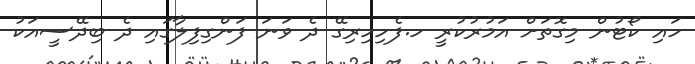
ހައި ކޯޓުން މިގޮތަށް އަމުރުކުރީ ހ.ފެހިހިރިގޭ ދެ ވަނަ ފަންގިފިލާގައި ދެ ބިދޭސީއަކު